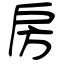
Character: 房